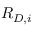
R _ { D , i }